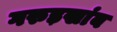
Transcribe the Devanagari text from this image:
गरुड़खांब